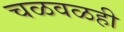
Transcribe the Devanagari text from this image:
चळवळही